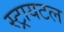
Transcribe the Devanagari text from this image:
स्ट्रायटल